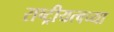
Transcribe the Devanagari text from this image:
राष्ट्रीयत्वच्या